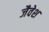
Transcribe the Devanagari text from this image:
जैवेश